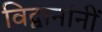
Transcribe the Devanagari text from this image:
विद्वानांनीं